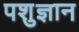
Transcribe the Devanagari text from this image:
पशुज्ञान